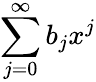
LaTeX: \sum_{j=0}^{\infty}b_{j}x^{j}